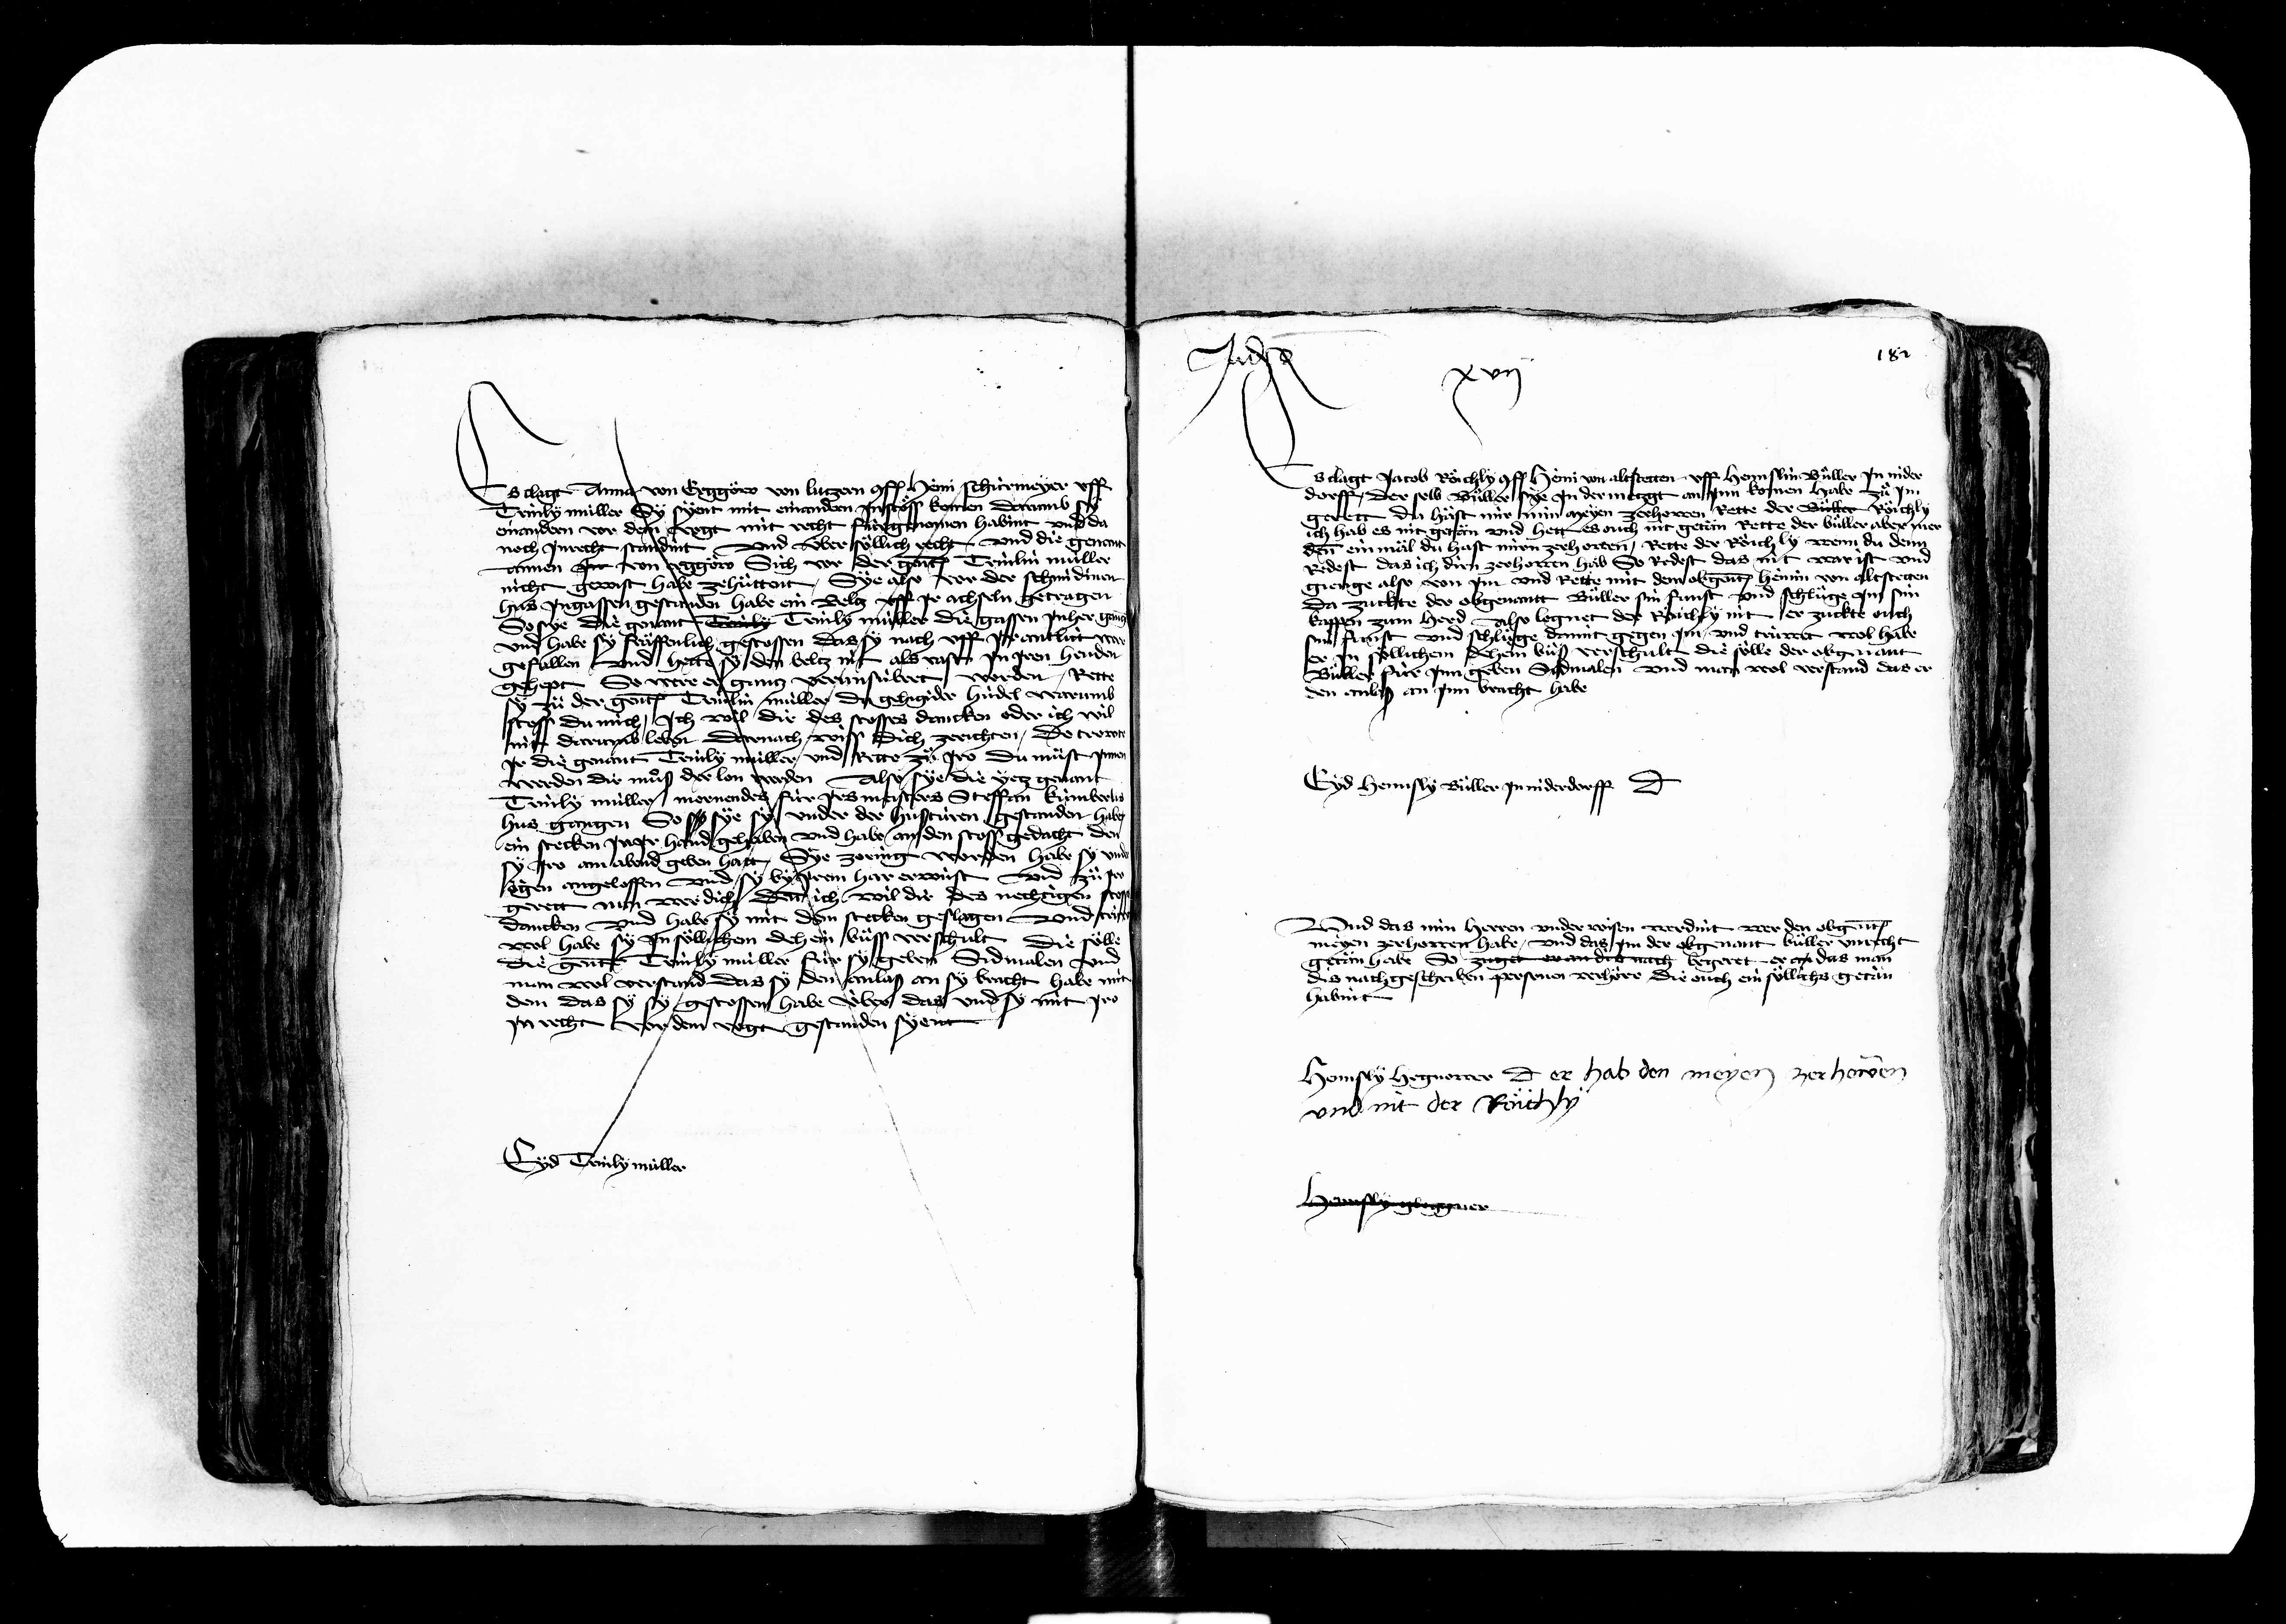
Transcription:
Es clagt Anna von Ergger von Lützen conf. Heini Schürmeyer uff
Trinly müller Sy syent mit einandern jn stoess komen darumb
einandern vor dem vogt mit recht fürgenomen habint und da
noch unrecht standint und über soellich recht und die genant
dannen jn von egger sich vor der genant Trinlin müller
nicht gewist habe zehuettent sye also vor der schmidinen
hus jngassen gestanden habe ein beltz uff jr achseln getragen
ye die genant Benly Trinly müller die gassen jnher ge
und habe sy fraeffenlich gestossen das sy nach uff jr antlitt w
efallen und hette sy den beltz nit als vast jn jren henden
Sweg der
der genant Trlin müller du gehigider hüdel warumb
stoss du mich ich wil dir des stosse dancken oder ich wil
nit darumb leben Darnach wiss dich zerichten do trowt
jr die genant Trinly müller und rette zue jr du muest jnn
werden dir mues der lon werden Also sye die jetz genant
Trinly müller morendes für jrs meisters Steffan kümberlis
hus gangen So sy
sye sy under der hustüren gestanden habe
ein stecken jner hand gehaben und habe an den stoss gedacht den
jro am abend geben hatt sye zoring worden habe
legen angeloffen und sy by jrem her erwust und zue jr
gerett nun wer dich denn ich wil dir des nechtigen ston
dancken und habe sy mit den stecken geslagen und trin
wol habe sy jn soellichem dehein buess verschult die soelle
die genante Trinly müller für sy geben Sidmalen und
man wol verstand das sy den anlaß an sy bracht habe mi
den das sy sy gestossen habe über das und sy mit jro
jn recht vor den vogt gestanden syent

41
Es clagt Jacob Roeichly conf. Heini von altstetten uff Hennslin Büller jn nider
dorff der selb Büller sye jn der metzgt an jnn komen habe zuo jm
gerett du häst mir min meyen zerhowen Rette der Büller Röich
ich hab es nit getän und hett es ouch nit getän Rette der Bueller aber men
denn ein mäl du hast mir zerhowen Rette der Röschly wenn du denn
redest das ich dir zerhowen hab So redest das nit war ist und
gienge also von jm und rette mit dem obgenanten heinin von altstegen
da zuckte der obgenant Büller sin funst und schluege jm sin
kappen zum herd Also lognet der sichly nit er zuckte ouch
sin funst und schluege damit gegen jm und trüwet wol habe
er jn soellichem dehein buess verschult die soelle der obgenant
Büller für jnn geben sidmalen und man wol verstand das er
den anlaß an jnn bracht habe

Eyd hennsly Büller jn niderdorff dicit

und das min herren underwissen werdint wer den obgenant
meyen gehoren habe und das jm der obgenant Büller unrecht
getän habe So züget er an dis nach begerett er an das man
dis nachgeschriben personen verhöre die ouch ein soellichs getän
habint

Eyd Trinly müller

182

Hennsly Hegnower dicit er hab den meyen zerhowen
und nit der Roeichly

Hennsly gloggner